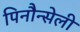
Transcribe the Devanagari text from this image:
पिनौन्सेली